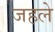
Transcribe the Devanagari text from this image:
जहले